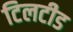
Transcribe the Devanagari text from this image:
टिलटीड